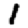
Digit: 1